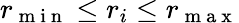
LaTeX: r_{\mathrm{~m~i~n~}}\leq r_{i}\leq r_{\mathrm{~m~a~x~}}